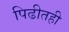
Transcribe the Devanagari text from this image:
पिढीतही